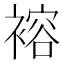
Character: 褣